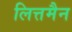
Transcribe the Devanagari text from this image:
लित्तमैन